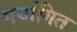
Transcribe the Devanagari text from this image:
मर्यागित